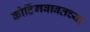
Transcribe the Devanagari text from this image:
कोटिंगबाबतच्या